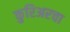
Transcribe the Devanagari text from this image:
कुरिअरचा